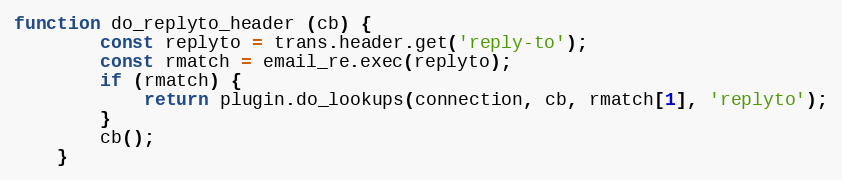
Language: JavaScript
function do_replyto_header (cb) {
        const replyto = trans.header.get('reply-to');
        const rmatch = email_re.exec(replyto);
        if (rmatch) {
            return plugin.do_lookups(connection, cb, rmatch[1], 'replyto');
        }
        cb();
    }